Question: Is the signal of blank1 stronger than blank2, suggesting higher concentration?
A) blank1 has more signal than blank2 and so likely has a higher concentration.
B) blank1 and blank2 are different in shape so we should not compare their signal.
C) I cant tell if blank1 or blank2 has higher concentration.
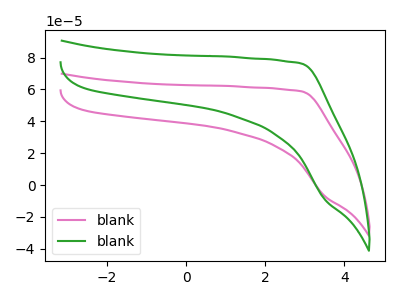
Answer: <think>The pink curve "blank1" has no peaks. The green curve "blank2" has no peaks.
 Neither "blank1" or "blank2" have any peaks.</think>
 <answer>C) I cant tell if "blank1" or "blank2" has higher concentration.</answer>
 <eval>C</eval>